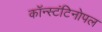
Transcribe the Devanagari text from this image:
कॉन्स्टंटिनोपल